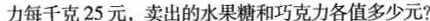
力每千克25元，卖出的水果糖和巧克力各值多少元?